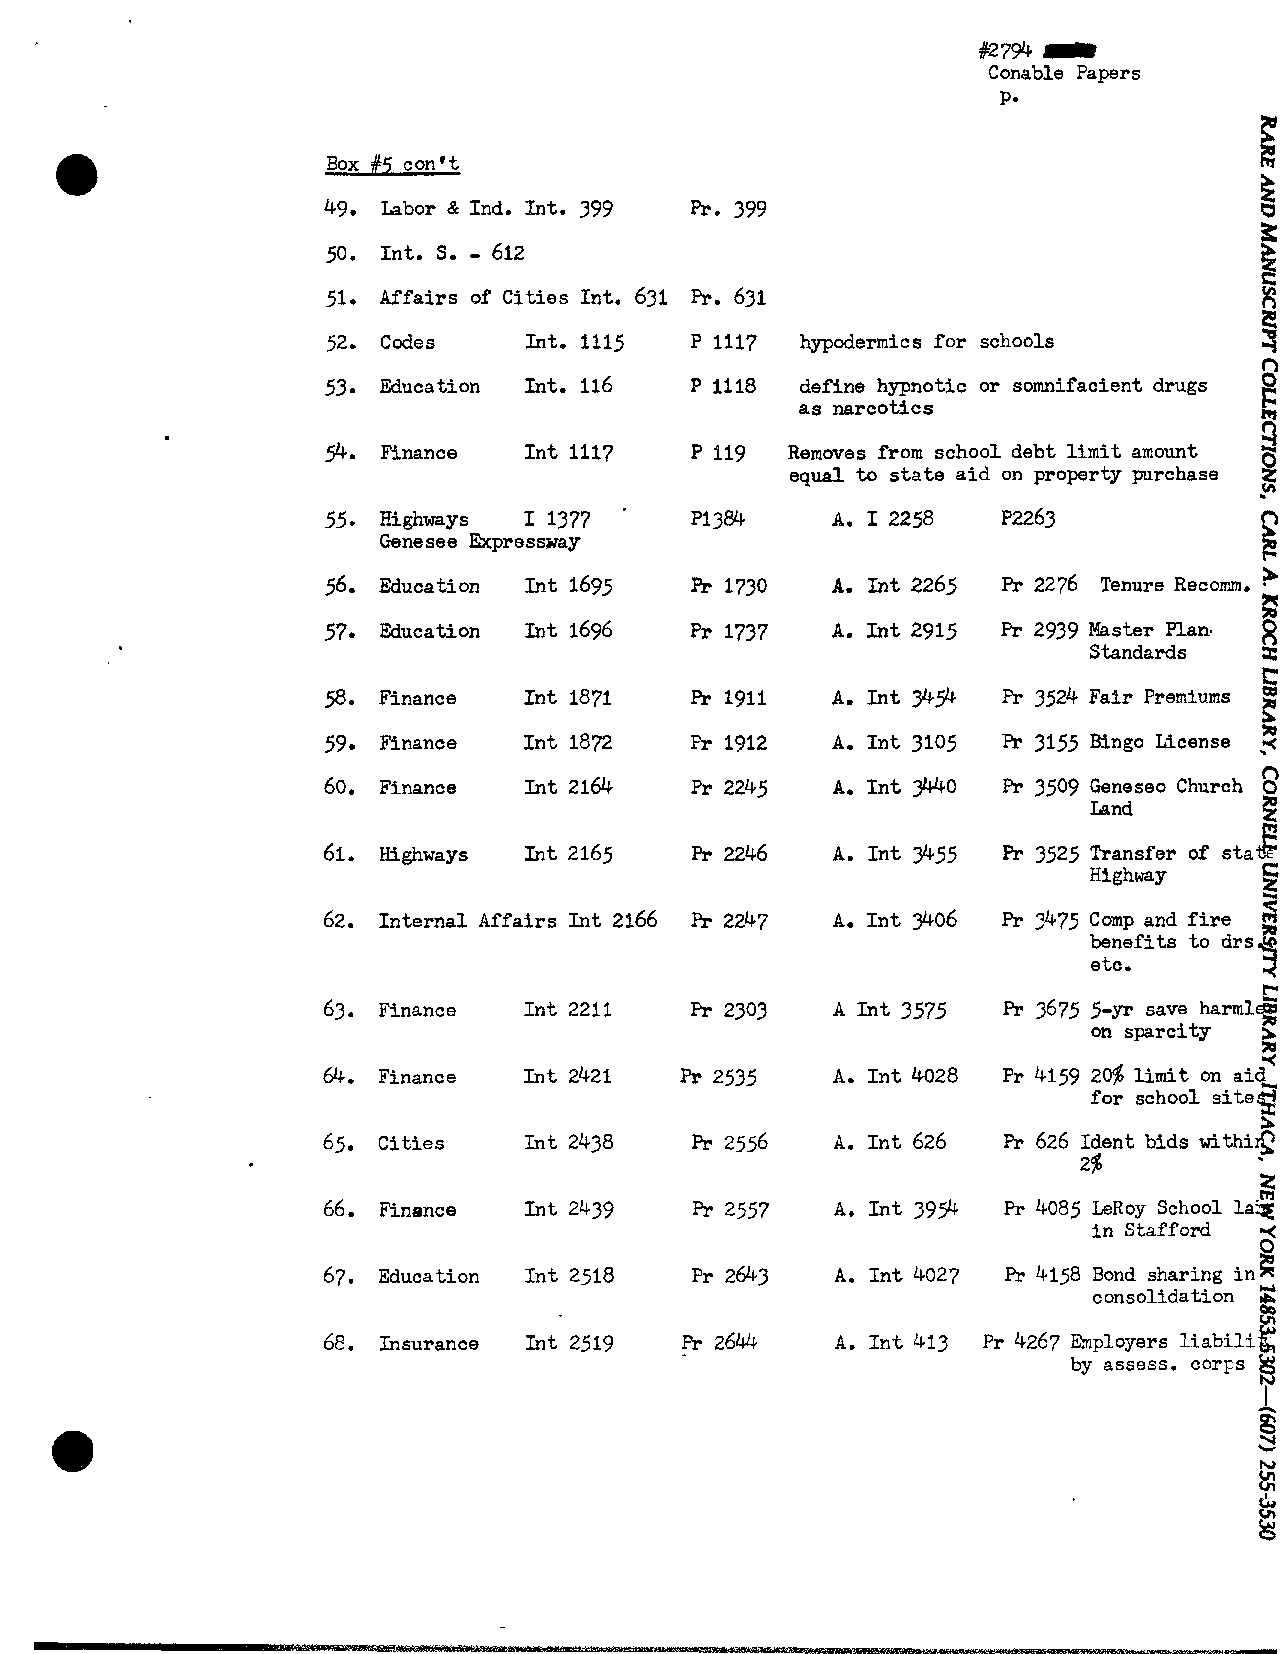
#27% 1
 Conable Papers
 P-
 Box #5 con't
 49. Labor & Ind. Int. 399
 -
 50. Int. S. 612
 5
 51. Affairs of Cities Int. 631
 52. Codes    ~ n t .i ll5      hypodermics for schools
 53. Education Int. 116          define hypnotic or somnifacient drugs
 as narcotics                  m
 n
 9.  F'x nance Int 1117         Removes from school debt l i m i t amount 8-3
 3
 equal to state aid on property purchase
 55. Highways  I 1377
 a
 Genesee Expressway
 56. Education Inti695             A. Int 2265 Pr 2276 Tenure Recorr-. *a
 57. Education Int 1696            A. Int 2915 Pr 2939 Master Plan
 Standards  3:
 I=:
 58. Finance   Int 1871            A. Int 3454 Pr 3524 Fair Premiums k
 %
 59. Finance   Int 1872            A. Int 3105 F'r 3155 Bingo License 5
 n
 60. Finance   Int 2164            A. Int 31140 Pr 3509 Geneseo Church 0
 E
 Land
 m
 61. Highways  Int 2165            A. Int 3455 Pr 3525 Transfer of s t a s
 E
 Highway
 a
 f
 62. Internal Affairs Int 2166     A. Int 3406 Pr 3475 Comp and fire
 benefits to drs
 etc.
 t
 63. Finance   Int 2211            A Int 3575 Pr 3675 5-yr save harml%
 on sparcity 5
 *
 64. Finance   Int 2421            A. Int4028 Pr415920$limitonaid-
 s
 for school site
 a
 65. Cities    Int 2438            A. Int 626 Pr 626 Ident bids withiq
 2%          s
 66. Finance   Int 2439            A. Int 399 Pr 4085 LeRoy School la$
 instafford 5r
 67. Education Int 2518            A. Int 4027 Pr 4158 Bond sharing in
 L_,
 consolidation le
 68. Insurance Int 2519            A. Int 413 Pr 4267 Employers liabilig
 8
 by assess. corFs
 w